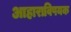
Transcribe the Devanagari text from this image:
आहाराविषयक